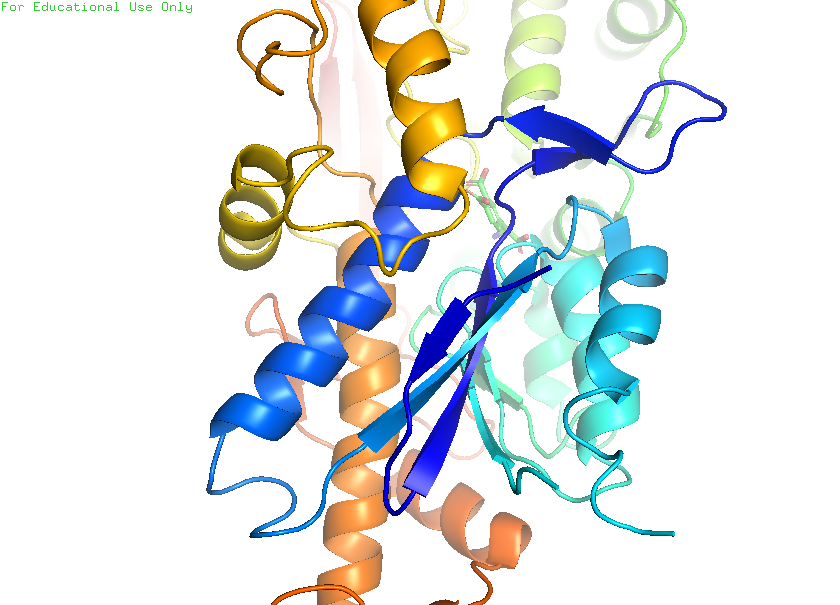
pymol, preset, pretty